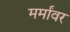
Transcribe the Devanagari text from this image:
मर्मांवर